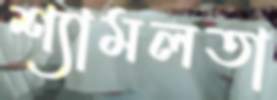
শ্যামলতা